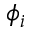
\phi _ { i }